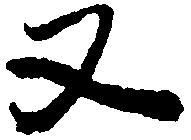
又